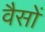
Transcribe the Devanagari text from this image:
वैसों